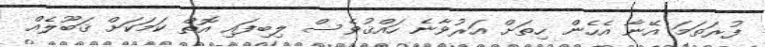
ފުރަތަމަ އޭނާ އެހެން ހިތަށް އަރުވާނެ ހައްޤުވެސް ލިބިފައި އޮތް ކަމަކަށް ޤަބޫލެއް